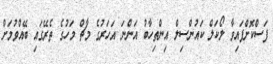
ފަސްކޮށްފައިވާ ލޯކަލް ކައުންސިލް އިންތިހާބު އަންނަ އަހަރުގެ މާޗް މަހުގެ ތެރޭގައި ބޭއްވުމަށް